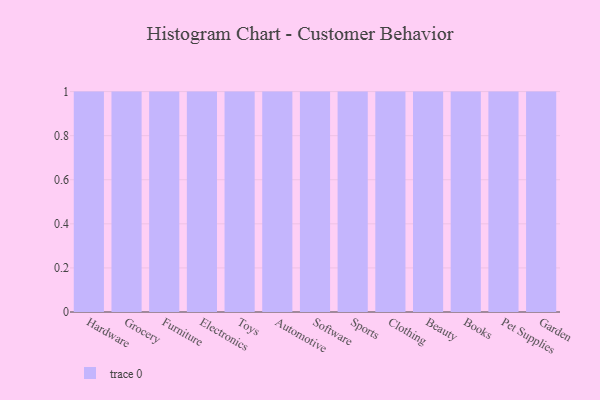
{"axis": {"x": "Category", "y": "Energy Usage (MWh)"}, "legend": [""], "data": [{"x": "Hardware", "y": 43, "type": ""}, {"x": "Grocery", "y": 67, "type": ""}, {"x": "Furniture", "y": 47, "type": ""}, {"x": "Electronics", "y": 27, "type": ""}, {"x": "Toys", "y": 24, "type": ""}, {"x": "Automotive", "y": 73, "type": ""}, {"x": "Software", "y": 29, "type": ""}, {"x": "Sports", "y": 14, "type": ""}, {"x": "Clothing", "y": 68, "type": ""}, {"x": "Beauty", "y": 78, "type": ""}, {"x": "Books", "y": 23, "type": ""}, {"x": "Pet Supplies", "y": 51, "type": ""}, {"x": "Garden", "y": 73, "type": ""}]}